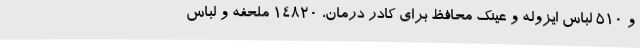
و 510 لباس ایزوله و عینک محافظ برای کادر درمان، 14820 ملحفه و لباس